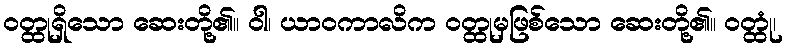
ဝတ္ထုရှိသော ဆေးတို့၏။ ဝါ၊ ယာဝကာလိက ဝတ္ထုမှဖြစ်သော ဆေးတို့၏။ ဝတ္ထုံ၊